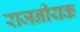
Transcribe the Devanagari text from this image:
राजनीयक